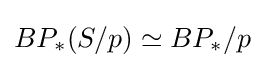
BP_{*}(S/p)\simeq BP_{*}/p